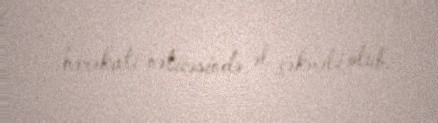
hərəkatı nəticəsində əl çəkməli olub.